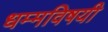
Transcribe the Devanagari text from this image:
धम्मविषयी